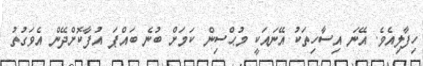
ހިފާލިއެވެ. އޭނަ އިސާހިތަކު އޭނައަކީ މުޙްސިން ކަމަށް ބުނެ ބައްޕަ އުފާކޮށްދޭން އެވަގުތު